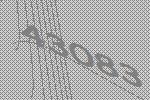
43083